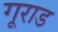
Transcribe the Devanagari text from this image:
गूराड